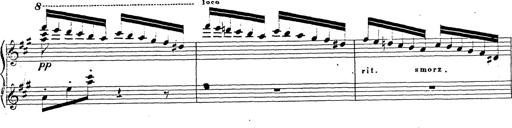
Title: Chanson bohÃ©mienne
Composer: Franz Liszt